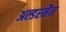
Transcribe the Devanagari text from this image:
अल्डरमैन